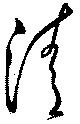
淸